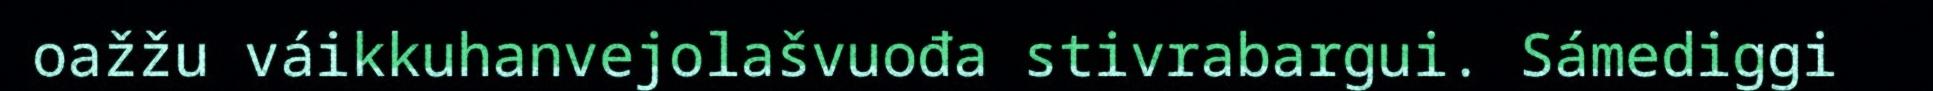
oažžu váikkuhanvejolašvuođa stivrabargui. Sámediggi